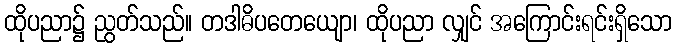
ထိုပညာ၌ ညွတ်သည်။ တဒါဓိပတေယျော၊ ထိုပညာ လျှင် အကြောင်းရင်းရှိသော